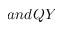
a n d Q Y